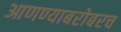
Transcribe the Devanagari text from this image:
आणण्याबरोबरच